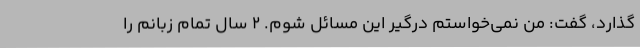
گذارد، گفت: من نمی‌خواستم درگیر این مسائل شوم. 2 سال تمام زبانم را